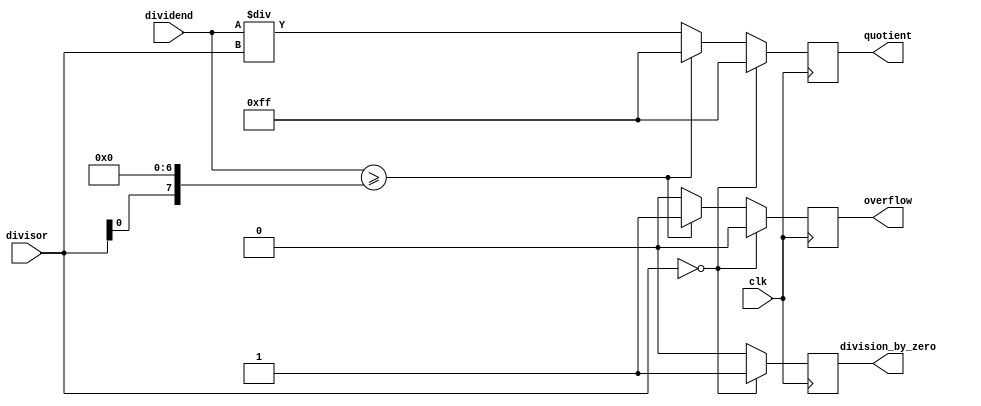
module synchronous_divider (
    input clk,
    input [7:0] dividend,
    input [3:0] divisor,
    output reg [7:0] quotient,
    output reg division_by_zero,
    output reg overflow
);

always @(posedge clk) begin
    if (divisor == 0) begin
        quotient <= 8'hFF; // Set output to all 1's to indicate division by zero
        division_by_zero <= 1;
        overflow <= 0;
    end else if (dividend >= (divisor << 7)) begin
        quotient <= 8'hFF; // Set output to all 1's to indicate overflow
        division_by_zero <= 0;
        overflow <= 1;
    end else begin
        quotient <= dividend / divisor;
        division_by_zero <= 0;
        overflow <= 0;
    end
end

endmodule